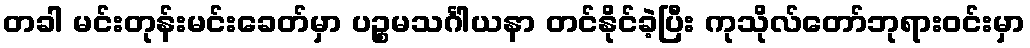
တခါ မင်းတုန်းမင်းခေတ်မှာ ပဉ္စမသင်္ဂါယနာ တင်နိုင်ခဲ့ပြီး ကုသိုလ်တော်ဘုရားဝင်းမှာ